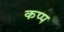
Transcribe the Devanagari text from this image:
कप्प